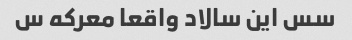
سس این سالاد واقعا معرکه س